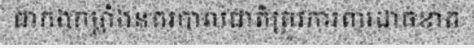
ជាកងកម្លាំងនគរបាលជាតិត្រូវការពារដាច់ខាត